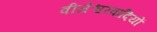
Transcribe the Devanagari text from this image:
वीजेश्वरवादियों